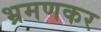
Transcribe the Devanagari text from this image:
भ्रमणकर